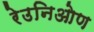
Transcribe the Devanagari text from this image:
रेउनिओण